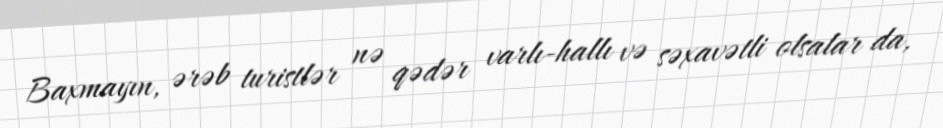
Baxmayın, ərəb turistlər nə qədər varlı-hallı və səxavətli olsalar da,